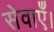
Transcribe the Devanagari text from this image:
सेवाएँ।